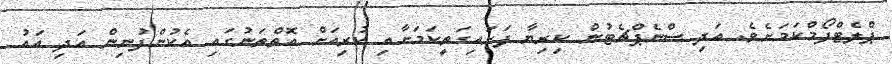
ޕްލެޓްފޯމްކަމަށެވެ. އަދި ސްނެޕްޗެޓުން ކިރިޔާ ފަށައިގަތީކަމަށާއި ކުރިއަށް އޮތްތަނުގައި އެކުންފުނިން އަދި އައު